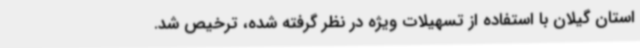
استان گیلان با استفاده از تسهیلات ویژه در نظر گرفته شده، ترخیص شد.